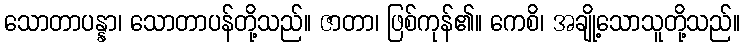
သောတာပန္နာ၊ သောတာပန်တို့သည်။ ဇာတာ၊ ဖြစ်ကုန်၏။ ကေစိ၊ အချို့သောသူတို့သည်။